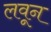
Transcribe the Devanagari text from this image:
लवून